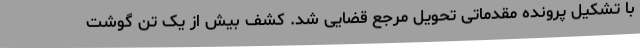
با تشکیل پرونده مقدماتی تحویل مرجع قضایی شد. کشف بیش از یک تن گوشت